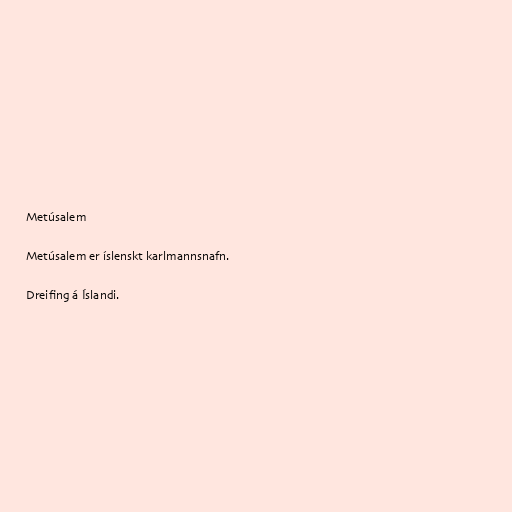
Metúsalem

Metúsalem er íslenskt karlmannsnafn.

Dreifing á Íslandi.